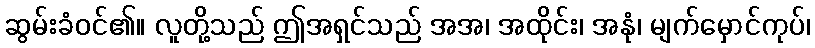
ဆွမ်းခံဝင်၏။ လူတို့သည် ဤအရှင်သည် အအ၊ အထိုင်း၊ အနုံ၊ မျက်မှောင်ကုပ်၊